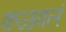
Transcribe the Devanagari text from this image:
कळवलं